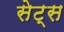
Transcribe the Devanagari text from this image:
सेट्‌स